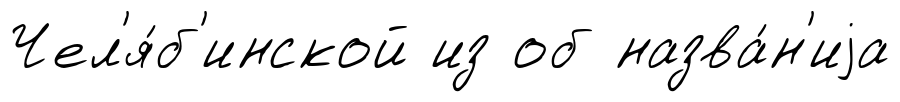
Чел'я́б'инской из об назва́н'иjа